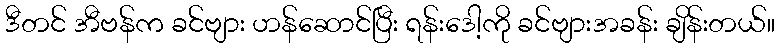
ဒီတင် အီဗန်က ခင်ဗျား ဟန်ဆောင်ပြီး ရန်းဒေါ့ကို ခင်ဗျားအခန်း ချိန်းတယ်။